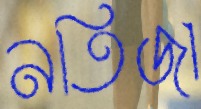
নতিজা